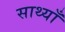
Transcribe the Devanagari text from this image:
साथ्याँ